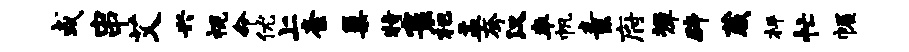
或串艾兴视命优上紊巢特寰杷盂夸汉率帆素府墀辟葳枰忙幄